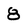
Character: 8